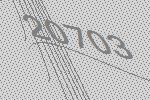
20703